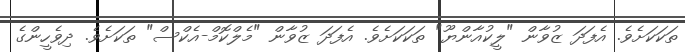
ތަކަކަށެވެ. އެފަދަ ޒުވާން "ލީކުއާންޔޫ" ތަކަކަށެވެ. އެފަދަ ޒުވާން "މެލްކޮމް-އެކްސް" ތަކަށެވެ. ދިވެހީންގެ